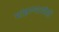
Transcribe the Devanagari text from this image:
मांडण्याचीही